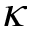
\kappa